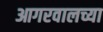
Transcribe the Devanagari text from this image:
आगरवालच्या